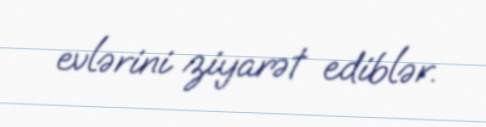
evlərini ziyarət ediblər.